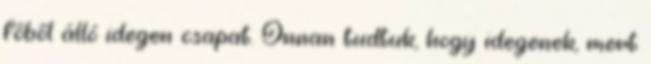
főből álló idegen csapat. Onnan tudtuk, hogy idegenek, mert